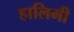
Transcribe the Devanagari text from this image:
हालिमी